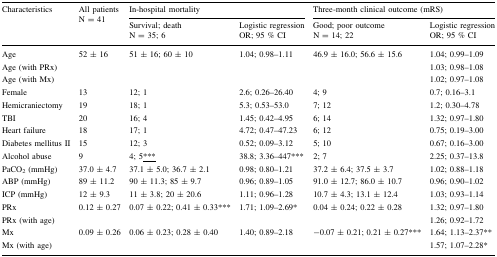
<table><thead><tr><td rowspan="2"><b>Characteristics</b></td><td rowspan="2"><b>All patientsN = 41</b></td><td colspan="2"><b>In-hospital mortality</b></td><td colspan="2"><b>Three-month clinical outcome (mRS)</b></td></tr><tr><td><b>Survival; deathN = 35; 6</b></td><td><b>Logistic regressionOR; 95 % CI</b></td><td><b>Good; poor outcomeN = 14; 22</b></td><td><b>Logistic regressionOR; 95 % CI</b></td></tr></thead><tbody><tr><td>Age</td><td>52 ± 16</td><td>51 ± 16; 60 ± 10</td><td>1.04; 0.98–1.11</td><td>46.9 ± 16.0; 56.6 ± 15.6</td><td>1.04; 0.99–1.09</td></tr><tr><td>Age (with PRx)</td><td></td><td></td><td></td><td></td><td>1.03; 0.98–1.08</td></tr><tr><td>Age (with Mx)</td><td></td><td></td><td></td><td></td><td>1.02; 0.97–1.08</td></tr><tr><td>Female</td><td>13</td><td>12; 1</td><td>2.6; 0.26–26.40</td><td>4; 9</td><td>0.7; 0.16–3.1</td></tr><tr><td>Hemicraniectomy</td><td>19</td><td>18; 1</td><td>5.3; 0.53–53.0</td><td>7; 12</td><td>1.2; 0.30–4.78</td></tr><tr><td>TBI</td><td>20</td><td>16; 4</td><td>1.45; 0.42–4.95</td><td>6; 14</td><td>1.32; 0.97–1.80</td></tr><tr><td>Heart failure</td><td>18</td><td>17; 1</td><td>4.72; 0.47–47.23</td><td>6; 12</td><td>0.75; 0.19–3.00</td></tr><tr><td>Diabetes mellitus II</td><td>15</td><td>12; 3</td><td>0.52; 0.09–3.12</td><td>5; 10</td><td>0.67; 0.16–3.00</td></tr><tr><td>Alcohol abuse</td><td>9</td><td>4; 5<underline>***</underline></td><td>38.8; 3.36–447***</td><td>2; 7</td><td>2.25; 0.37–13.8</td></tr><tr><td>PaCO<sub>2</sub> (mmHg)</td><td>37.0 ± 4.7</td><td>37.1 ± 5.0; 36.7 ± 2.1</td><td>0.98; 0.80–1.21</td><td>37.2 ± 6.4; 37.5 ± 3.7</td><td>1.02; 0.88–1.18</td></tr><tr><td>ABP (mmHg)</td><td>89 ± 11.2</td><td>90 ± 11.3; 85 ± 9.7</td><td>0.96; 0.89–1.05</td><td>91.0 ± 12.7; 86.0 ± 10.7</td><td>0.96; 0.90–1.02</td></tr><tr><td>ICP (mmHg)</td><td>12 ± 9.3</td><td>11 ± 3.8; 20 ± 20.6</td><td>1.11; 0.96–1.28</td><td>10.7 ± 4.3; 13.1 ± 12.4</td><td>1.03; 0.93–1.14</td></tr><tr><td>PRx</td><td>0.12 ± 0.27</td><td>0.07 ± 0.22; 0.41 ± 0.33***</td><td>1.71; 1.09–2.69*</td><td>0.04 ± 0.24; 0.22 ± 0.28</td><td>1.32; 0.97–1.80</td></tr><tr><td>PRx (with age)</td><td></td><td></td><td></td><td></td><td>1.26; 0.92–1.72</td></tr><tr><td>Mx</td><td>0.09 ± 0.26</td><td>0.06 ± 0.23; 0.28 ± 0.40</td><td>1.40; 0.89–2.18</td><td>−0.07 ± 0.21; 0.21 ± 0.27***</td><td>1.64; 1.13–2.37**</td></tr><tr><td>Mx (with age)</td><td></td><td></td><td></td><td></td><td>1.57; 1.07–2.28*</td></tr></tbody></table>